Vaccine operations Central Provinces 1868-1885 - 1868-1885
Year: 1868
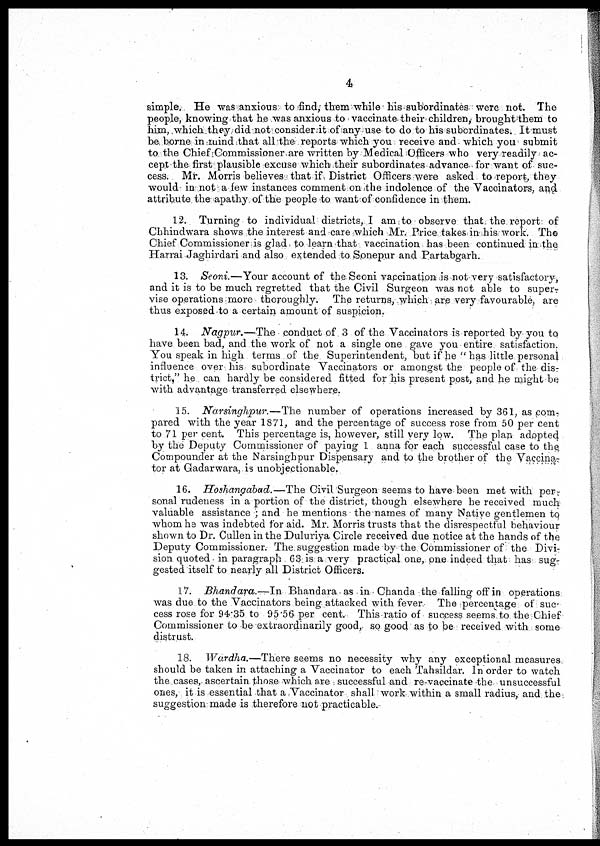
4
simple. He was anxious to find them while his subordinates were not. The
people, knowing that he was anxious to vaccinate their children, brought them to
him, which they did not consider it of any use to do to his subordinates. It must
be borne in mind that all the reports which you receive and which you submit
to the Chief Commissioner are written by Medical Officers who very readily ac-
cept the first plausible excuse which their subordinates advance for want of suc-
cess. Mr. Morris believes that if District Officers were asked to report, they
would in not a few instances comment on the indolence of the Vaccinators, and
attribute the apathy of the people to want of confidence in them.
12. Turning to individual districts, I am to observe that the report of
Chhindwara shows the interest and care,which Mr. Price takes in his work. The
Chief Commissioner is glad to learn that vaccination has been continued in the
Harrai Jaghirdari and also extended to Sonepur and Partabgarh.
13. Seoni.—Your account of the Seoni vaccination is not very satisfactory,
and it is to be much regretted that the Civil Surgeon was not able to super¬
vise operations more thoroughly. The returns, which are very favourable, are
thus exposed to a certain amount of suspicion.
14. Nagpur.—The conduct of 3 of the Vaccinators is reported by you to
have been bad, and the work of not a single one gave you entire satisfaction.
You speak in high terms of the Superintendent, but if he "has little personal
influence over his subordinate Vaccinators or amongst the people of the dis-
trict," he can hardly be considered fitted for his present post, and he might be
with advantage transferred elsewhere.
15. Narsinghpur.—The number of operations increased by 361, as com¬
pared with the year 1871, and the percentage of success rose from 50 per cent
to 71 per cent. This percentage is, however, still very low The plan adopted
by the Deputy Commissioner of paying 1 anna for each successful case to the,
Compounder at the Narsinghpur Dispensary and to the brother of the Vaccina,¬
tor at Gadarwara, is unobjectionable.
16. Hoshangabad.—The Civil Surgeon seems to have been met with per¬
sonal rudeness in a portion of the district, though elsewhere he received much
valuable assistance and he mentions the names of many Native gentlemen to
whom he was indebted for aid. Mr. Morris trusts that the disrespectful behaviour
shown to Dr. Cullen in the Duluriya Circle received due notice at the hands of the
Deputy Commissioner. The suggestion made by the Commissioner of the Divi-
sion quoted in paragraph 63 is a very practical one, one indeed that has sug¬
gested itself to nearly all District Officers.
17. Bhandara.—In Bhandara as in Chanda the falling off in operations
was due to the Vaccinators being attacked with fever The percentage of suc-
cess rose for 94.35 to 95.56 per cent. This-ratio of success seems to the Chief
Commissioner to be extraordinarily good, so good as to be received with some
distrust.
18. Wardha.—There seems no necessity why any exceptional measures
should be taken in attaching a Vaccinator to each Tahsildar. In order to watch
the cases, ascertain those which are successful and re-vaccinate the unsuccessful
ones, it is essential that a Vaccinator shall work within a small radius, and the
suggestion made is therefore not practicable.